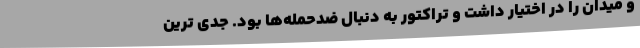
و میدان را در اختیار داشت و تراکتور به دنبال ضدحمله‌ها بود. جدی ترین